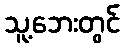
သူ့ဘေးတွင်